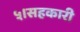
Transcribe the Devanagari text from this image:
५।सहकारी